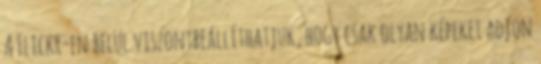
A Flickr-en belül viszontbeállíthatjuk, hogy csak olyan képeket adjon